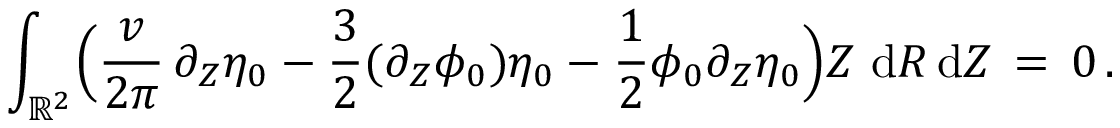
\int _ { \mathbb { R } ^ { 2 } } \Bigl ( \frac { v } { 2 \pi } \, \partial _ { Z } \eta _ { 0 } - \frac { 3 } { 2 } ( \partial _ { Z } \phi _ { 0 } ) \eta _ { 0 } - \frac { 1 } { 2 } \phi _ { 0 } \partial _ { Z } \eta _ { 0 } \Bigr ) Z \, \, \mathrm { d } R \, \mathrm { d } Z \, = \, 0 \, .